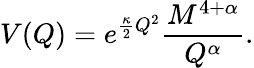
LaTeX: V(Q)=e^{\frac{\kappa}{2}Q^{2}}\frac{M^{4+\alpha}}{Q^{\alpha}}.